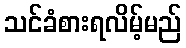
သင်ခံစားရလိမ့်မည်